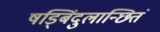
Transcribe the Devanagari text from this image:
षड्बिंदुलान्छितं